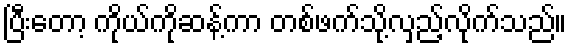
ပြီးတော့ ကိုယ်ကိုဆန့်ကာ တစ်ဖက်သို့လှည့်လိုက်သည်။